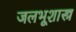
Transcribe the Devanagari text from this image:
जलभूशास्त्र